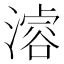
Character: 𣽊